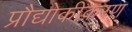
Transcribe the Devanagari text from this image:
प्रौद्योकीकरण